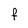
Character: f